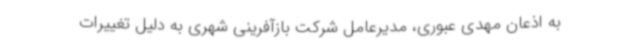
به اذعان مهدی عبوری، مدیرعامل شرکت بازآفرینی شهری به دلیل تغییرات